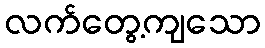
လက်တွေ့ကျသော